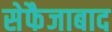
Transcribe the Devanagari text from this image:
सेफैजाबाद